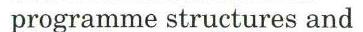
programme structures and